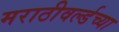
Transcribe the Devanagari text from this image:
मराठीवर्ल्डच्या